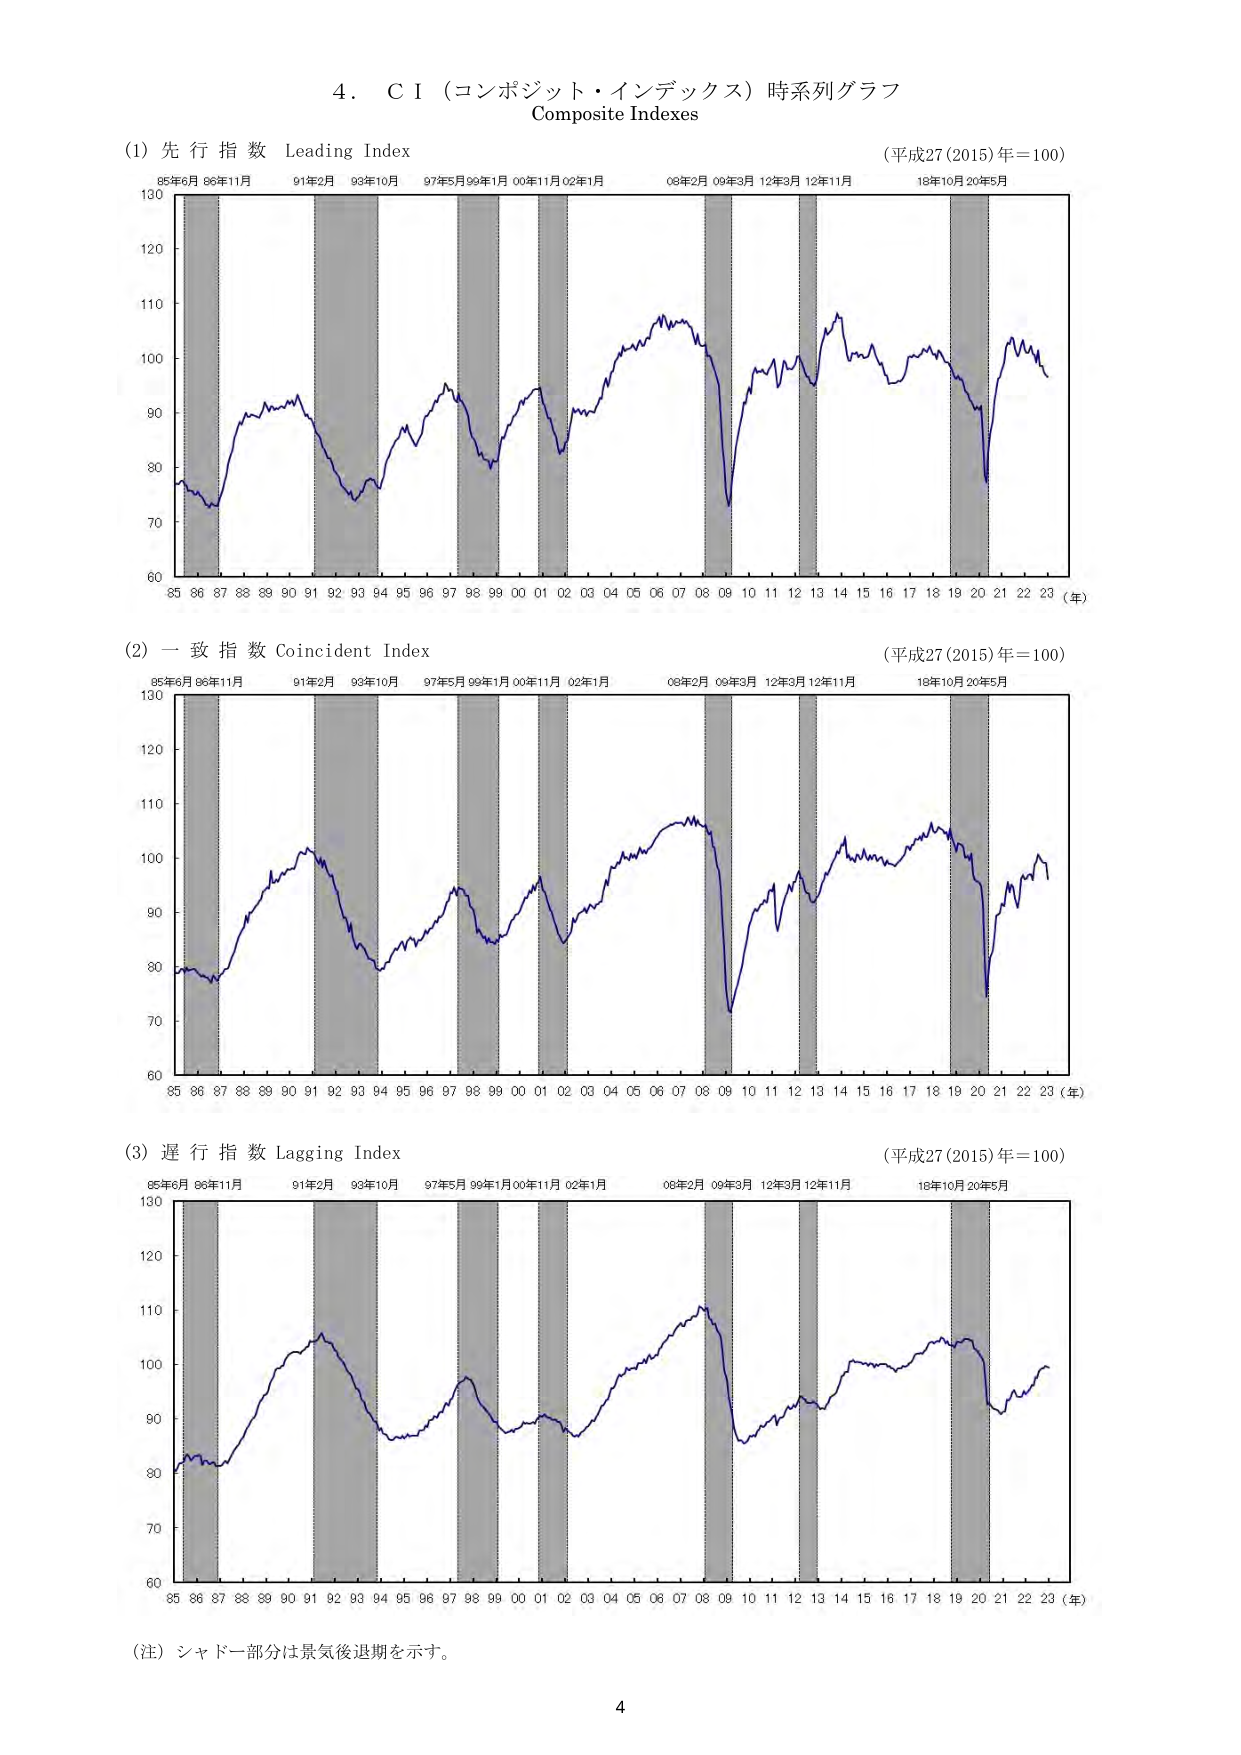
4. C I（コンポジット・インデックス）時系列グラフ
Composite Indexes

(1) 先行指数 Leading Index
(平成27(2015)年＝100)
85年6月 86年11月 91年2月 93年10月 97年5月 99年1月 00年11月 02年1月 08年2月 09年3月 12年3月 12年11月 18年10月 20年5月
130
120
110
100
90
80
70
60
85 86 87 88 89 90 91 92 93 94 95 96 97 98 99 00 01 02 03 04 05 06 07 08 09 10 11 12 13 14 15 16 17 18 19 20 21 22 23 (年)

(2) 一致指数 Coincident Index
(平成27(2015)年＝100)
85年6月 86年11月 91年2月 93年10月 97年5月 99年1月 00年11月 02年1月 08年2月 09年3月 12年3月 12年11月 18年10月 20年5月
130
120
110
100
90
80
70
60
85 86 87 88 89 90 91 92 93 94 95 96 97 98 99 00 01 02 03 04 05 06 07 08 09 10 11 12 13 14 15 16 17 18 19 20 21 22 23 (年)

(3) 遅行指数 Lagging Index
(平成27(2015)年＝100)
85年6月 86年11月 91年2月 93年10月 97年5月 99年1月 00年11月 02年1月 08年2月 09年3月 12年3月 12年11月 18年10月 20年5月
130
120
110
100
90
80
70
60
85 86 87 88 89 90 91 92 93 94 95 96 97 98 99 00 01 02 03 04 05 06 07 08 09 10 11 12 13 14 15 16 17 18 19 20 21 22 23 (年)

(注) シャドー部分は景気後退期を示す。

4